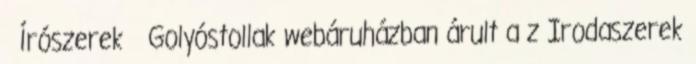
Írószerek Golyóstollak webáruházban árult a z Irodaszerek